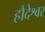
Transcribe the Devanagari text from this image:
हौदेश्वर